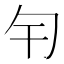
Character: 𠣍